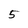
Character: 5